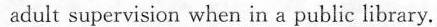
adult supervision when in a public library.